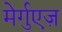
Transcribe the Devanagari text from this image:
मेर्गुएज़